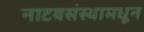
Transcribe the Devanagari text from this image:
नाटयसंस्थामधून